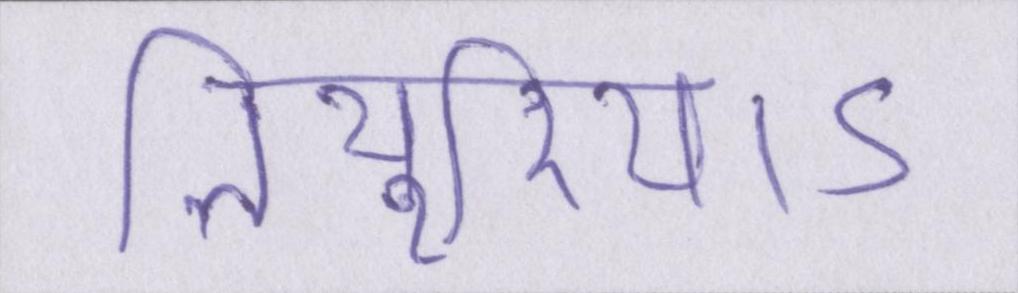
तियुरियाऽ